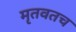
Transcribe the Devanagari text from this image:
मृतवतच